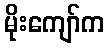
မိုးကျော်က